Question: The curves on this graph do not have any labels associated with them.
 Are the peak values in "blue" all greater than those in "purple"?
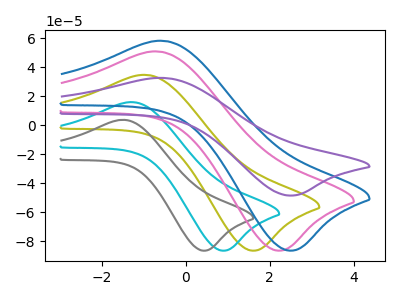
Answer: <think>The olive curve "olive" has an anodic peak at (-0.90V, 34.60uA) and a cathodic peak at (1.65V, -86.35uA). The cyan curve "cyan" has an anodic peak at (-1.25V, 15.80uA) and a cathodic peak at (0.95V, -86.35uA). The gray curve "gray" has an anodic peak at (-1.45V, 3.65uA) and a cathodic peak at (0.45V, -86.35uA). The pink curve "pink" has an anodic peak at (-0.65V, 50.75uA) and a cathodic peak at (2.30V, -86.35uA). The blue curve "blue" has an anodic peak at (-0.50V, 58.05uA) and a cathodic peak at (2.55V, -86.30uA). The purple curve "purple" has an anodic peak at (-0.50V, 32.55uA) and a cathodic peak at (2.55V, -48.40uA).</think>
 <answer>Every peak in "blue" is higher than every peak in "purple".</answer>
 <eval>higher</eval>